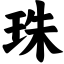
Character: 珠